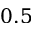
0 . 5